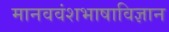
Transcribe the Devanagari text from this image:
मानववंशभाषाविज्ञान